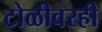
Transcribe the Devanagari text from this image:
टोळीवरही